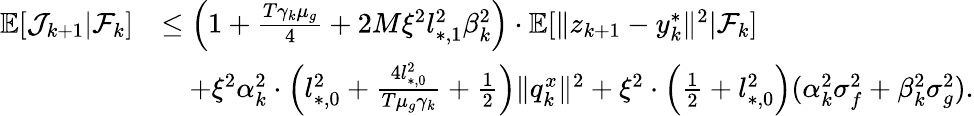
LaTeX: \begin{array}{rl}{\mathbb{E}[\mathcal{J}_{k+1}|\mathcal{F}_{k}]}&{\le\left(1+\frac{T\gamma_{k}\mu_{g}}{4}+2M\xi^{2}l_{*,1}^{2}\beta_{k}^{2}\right)\cdot\mathbb{E}[\| z_{k+1}-y_{k}^{*}\| ^{2}|\mathcal{F}_{k}]}\\ &{\quad+\xi^{2}\alpha_{k}^{2}\cdot\left(l_{*,0}^{2}+\frac{4l_{*,0}^{2}}{T\mu_{g}\gamma_{k}}+\frac{1}{2}\right)\| q_{k}^{x}\| ^{2}+\xi^{2}\cdot\left(\frac{1}{2}+l_{*,0}^{2}\right)(\alpha_{k}^{2}\sigma_{f}^{2}+\beta_{k}^{2}\sigma_{g}^{2}).}\end{array}